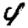
Digit: 4